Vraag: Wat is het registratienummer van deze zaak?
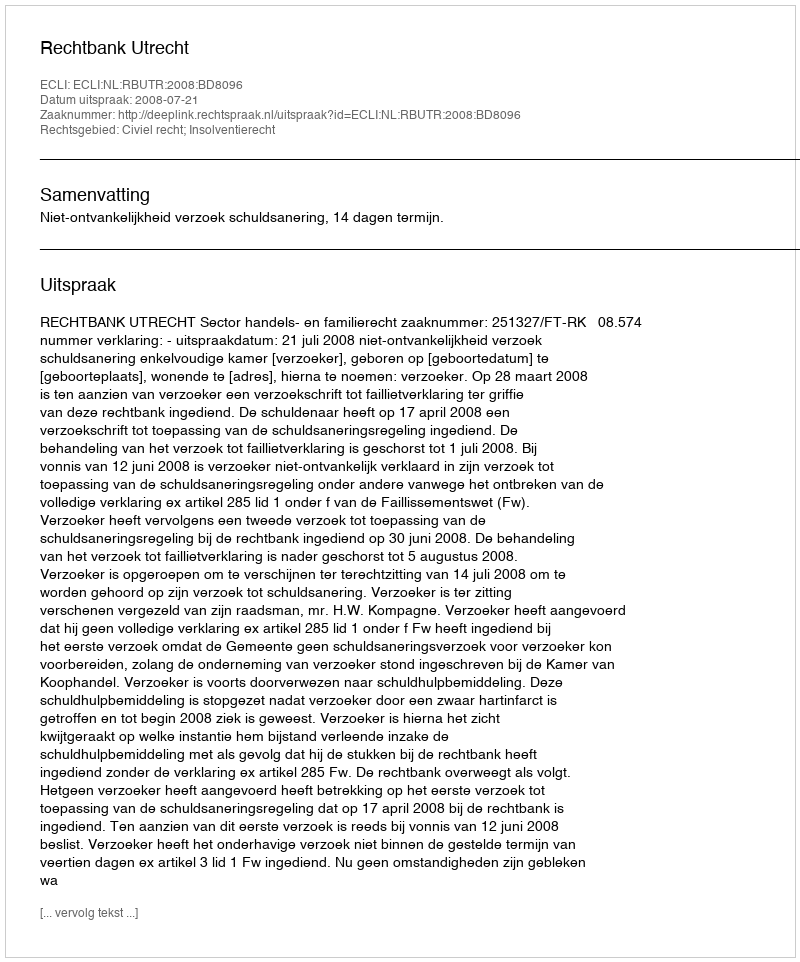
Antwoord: http://deeplink.rechtspraak.nl/uitspraak?id=ECLI:NL:RBUTR:2008:BD8096